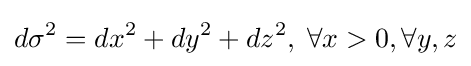
d\sigma ^{2}=dx^{2}+dy^{2}+dz^{2},\;\forall x>0,\forall y,z